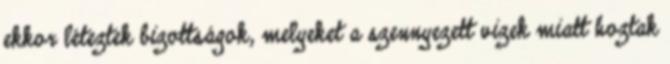
ekkor léteztek bizottságok, melyeket a szennyezett vizek miatt hoztak